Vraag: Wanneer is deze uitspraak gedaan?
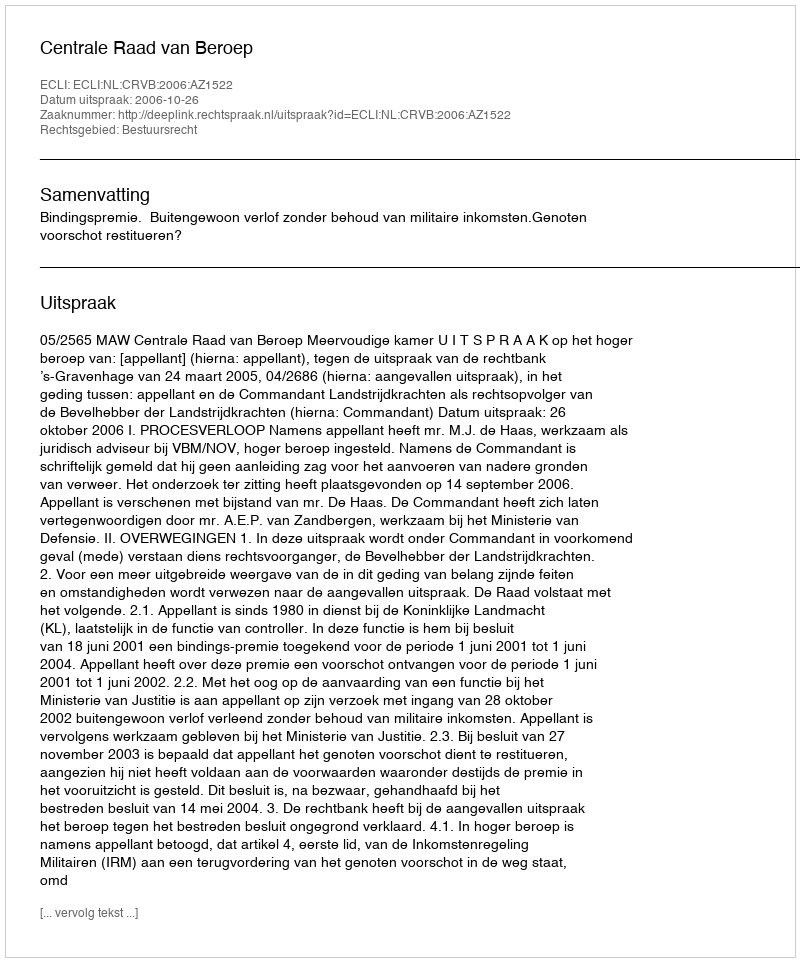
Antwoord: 2006-10-26